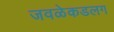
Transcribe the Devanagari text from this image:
जवळेकडलग